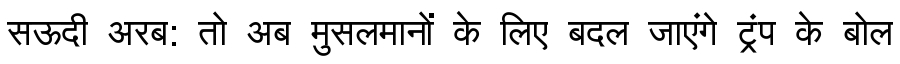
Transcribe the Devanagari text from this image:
सऊदी अरब: तो अब मुसलमानों के लिए बदल जाएंगे ट्रंप के बोल